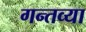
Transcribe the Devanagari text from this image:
गन्तव्या